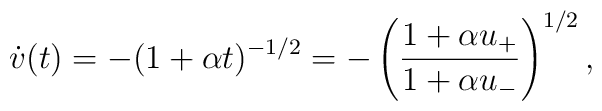
\dot v (t) = - (1 + \alpha t)^{-1/2} = - \left({1 + \alpha u_+\over 1 +\alpha u_-}\right)^{1/2} ,